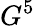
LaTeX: G^{5}